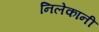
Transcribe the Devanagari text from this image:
निलेकानी